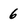
Character: 6